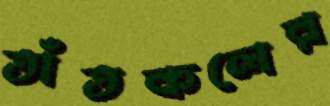
তাঁতকলের